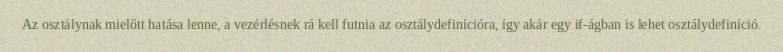
Az osztálynak mielőtt hatása lenne, a vezérlésnek rá kell futnia az osztálydefinícióra, így akár egy if-ágban is lehet osztálydefiníció.